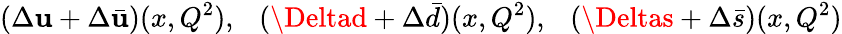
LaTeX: (\Delta\mathbf{u}+\Delta\bar{{\mathbf{u}}})(x,Q^{2}),~~~(\Deltad+\Delta\bar{{d}})(x,Q^{2}),~~~(\Deltas+\Delta\bar{{s}})(x,Q^{2})